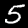
Digit: 5